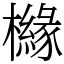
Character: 櫞